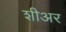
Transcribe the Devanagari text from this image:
शीअर